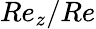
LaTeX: Re_{z}/Re